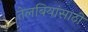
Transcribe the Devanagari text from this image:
तेलबियांसाठी